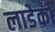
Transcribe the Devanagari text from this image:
लाडेको